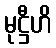
မုဋ္ဌီဟိ